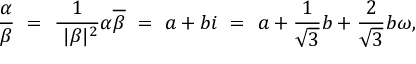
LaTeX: { \frac { \alpha } { \beta } } \ = \ { \frac { 1 } { \ | \beta | ^ { 2 } } } \alpha { \overline { { \beta } } } \ = \ a + b i \ = \ a + { \frac { 1 } { \sqrt { 3 } } } b + { \frac { 2 } { \sqrt { 3 } } } b \omega ,